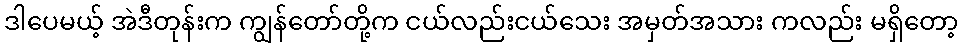
ဒါပေမယ့် အဲဒီတုန်းက ကျွန်တော်တို့က ငယ်လည်းငယ်သေး အမှတ်အသား ကလည်း မရှိတော့